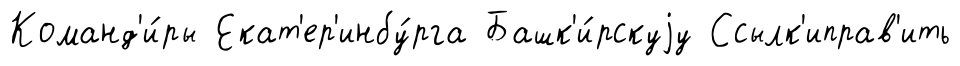
Команд'и́ры Екат'ер'инбу́рга Башк'и́рскуjу Ссылк'иправ'ить